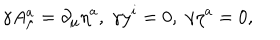
\gamma A _ { \mu } ^ { a } = \partial _ { \mu } \eta ^ { a } , \; \gamma y ^ { i } = 0 , \; \gamma \eta ^ { a } = 0 ,